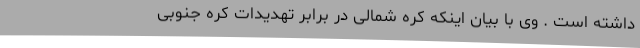
داشته است . وی با بیان اینکه کره شمالی در برابر تهدیدات کره جنوبی